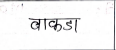
मजकूर: वाकडा